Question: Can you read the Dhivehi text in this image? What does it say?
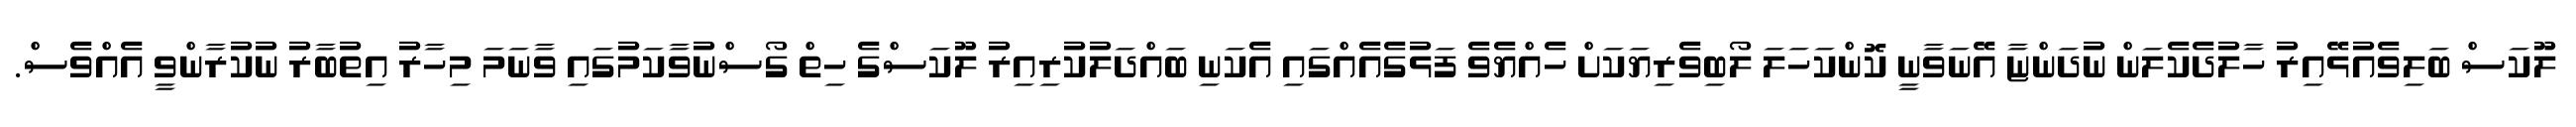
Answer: ލޫކަސް ބަލިވެއުޅޭއިރު ހާލުދެކެލަން ނުދަންޏާ އޭނަވާނީ ކޮންކަހަލަ ލޯބިވެރިޔަކަށް ހެއްޔެވެ ފަޅުގެއެއްގައި އެކަނި ބައްދަލުކުރިއިރު ލޫކަސްގެ ހިތް ގޯސްނުވާކަމުގައި ވާނަމަ މިހާރު އިތުބާރު ނުކުރާންވީ އެއްވެސް.